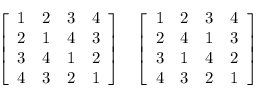
{ \left[ \begin{array} { l l l l } { 1 } & { 2 } & { 3 } & { 4 } \\ { 2 } & { 1 } & { 4 } & { 3 } \\ { 3 } & { 4 } & { 1 } & { 2 } \\ { 4 } & { 3 } & { 2 } & { 1 } \end{array} \right] } \quad { \left[ \begin{array} { l l l l } { 1 } & { 2 } & { 3 } & { 4 } \\ { 2 } & { 4 } & { 1 } & { 3 } \\ { 3 } & { 1 } & { 4 } & { 2 } \\ { 4 } & { 3 } & { 2 } & { 1 } \end{array} \right] }